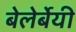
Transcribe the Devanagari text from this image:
बेलेर्बेयी